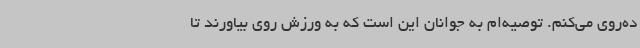
ده‌روی می‌کنم. توصیه‌ام به جوانان این است که به ورزش روی بیاورند تا